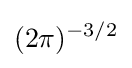
(2\pi )^{-3/2}